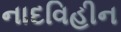
નાદવિહીન